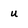
Character: u